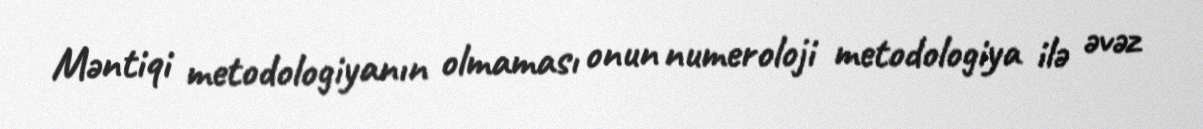
Məntiqi metodologiyanın olmaması onun numeroloji metodologiya ilə əvəz